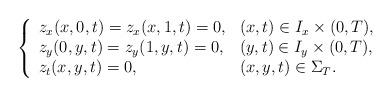
LaTeX: \begin{align*}\left\{\begin{array}{ll}z_x(x,0,t)=z_x(x,1,t)=0,&(x,t)\in I_x\times (0,T),\\z_y(0,y,t)=z_y(1,y,t)=0,&(y,t)\in I_y\times (0,T),\\z_t(x,y,t)=0,& (x,y,t)\in \Sigma_T.\end{array}\right.\end{align*}